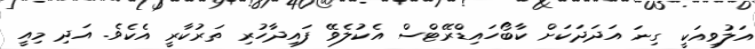
އަލުވިއަކީ ގިނަ އަދަދަކަށް ކާބޯހައިޑްރޭޓްސް އެކުލެވޭ ފައިދާހުރި ތަރުކާރީ އެކެވެ. އަދި މިއީ